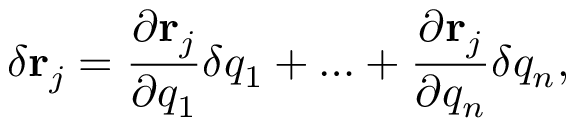
\delta \mathbf { r } _ { j } = { \frac { \partial \mathbf { r } _ { j } } { \partial q _ { 1 } } } \delta { q } _ { 1 } + \ldots + { \frac { \partial \mathbf { r } _ { j } } { \partial q _ { n } } } \delta { q } _ { n } ,